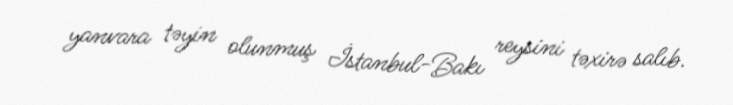
yanvara təyin olunmuş İstanbul-Bakı reysini təxirə salıb.